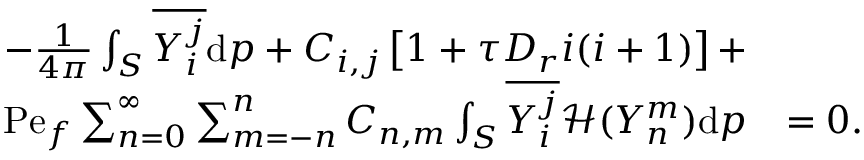
\begin{array} { r l } { - \frac { 1 } { 4 \pi } \int _ { S } \overline { { Y _ { i } ^ { j } } } \mathrm { d } \boldsymbol { p } + C _ { i , j } \left[ 1 + \tau D _ { r } i ( i + 1 ) \right] + } & { } \\ { \mathrm { P e } _ { f } \sum _ { n = 0 } ^ { \infty } \sum _ { m = - n } ^ { n } C _ { n , m } \int _ { S } \overline { { Y _ { i } ^ { j } } } \mathcal { H } ( Y _ { n } ^ { m } ) \mathrm { d } \boldsymbol { p } } & { = 0 . } \end{array}